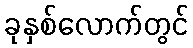
ခုနှစ်လောက်တွင်